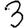
Digit: 3